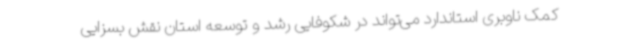
کمک ناوبری استاندارد می‌تواند در شکوفایی رشد و توسعه استان نقش بسزایی